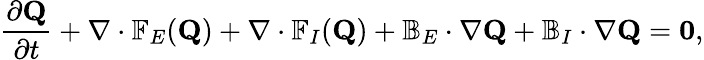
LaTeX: \frac{\partial\mathbf{Q}}{\partial t}+\nabla\cdot\mathbb{F}_{E}(\mathbf{Q})+\nabla\cdot\mathbb{F}_{I}(\mathbf{Q})+\mathbb{B}_{E}\cdot\nabla\mathbf{Q}+\mathbb{B}_{I}\cdot\nabla\mathbf{Q}=\mathbf{0},